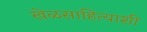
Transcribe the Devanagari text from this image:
खेळसाहित्याशी